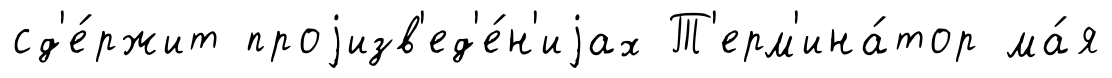
сд'е́ржит проjизв'ед'е́н'иjах Т'ерм'ина́тор ма́я